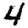
Digit: 4